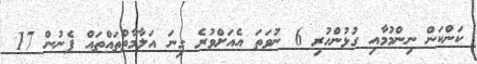
ކަންކަން ނިންމުމާއި ގުޅުންހުރި 6 ނުވަތަ އެއަށްވުރެ ގިނަ އަލާމާތްތައްތައް ފެނުން 17